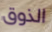
الذوق